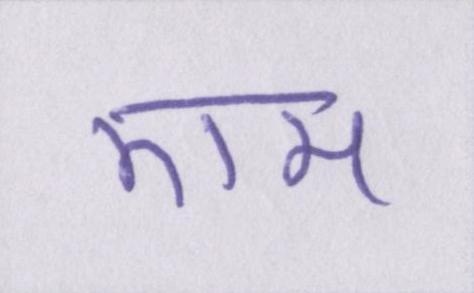
एम